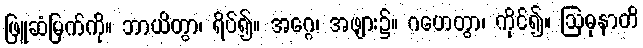
ဖြူဆံမြက်ကို။ ဘာယိတွာ၊ ရိပ်၍။ အဂ္ဂေ၊ အဖျား၌။ ဂဟေတွာ၊ ကိုင်၍။ ဩဓုနာတိ